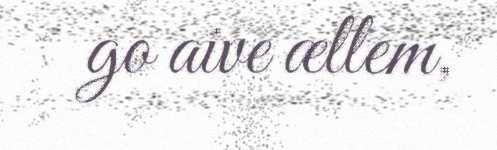
go aive ællem,